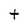
Character: t